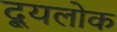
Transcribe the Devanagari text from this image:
द्यूलोक